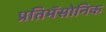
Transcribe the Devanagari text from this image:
प्रतिमॅसोनिक